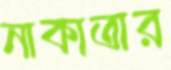
নাকাতার